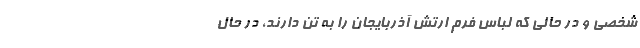
شخصی و در حالی که لباس فُرم ارتش آذربایجان را به تن دارند، در حال